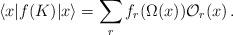
LaTeX: \begin{align*}\langle x|f(K)| x\rangle= \sum_r f_r(\Omega(x)) {\cal O}_r(x) \,.\end{align*}